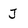
Character: J